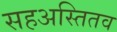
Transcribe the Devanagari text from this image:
सहअस्तितव